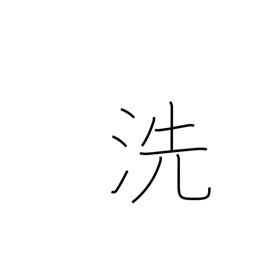
Meaning: inquire into